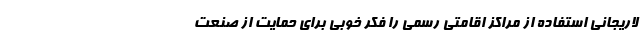
لاریجانی استفاده از مراکز اقامتی رسمی را فکر خوبی برای حمایت از صنعت